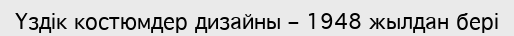
Үздік костюмдер дизайны – 1948 жылдан бері